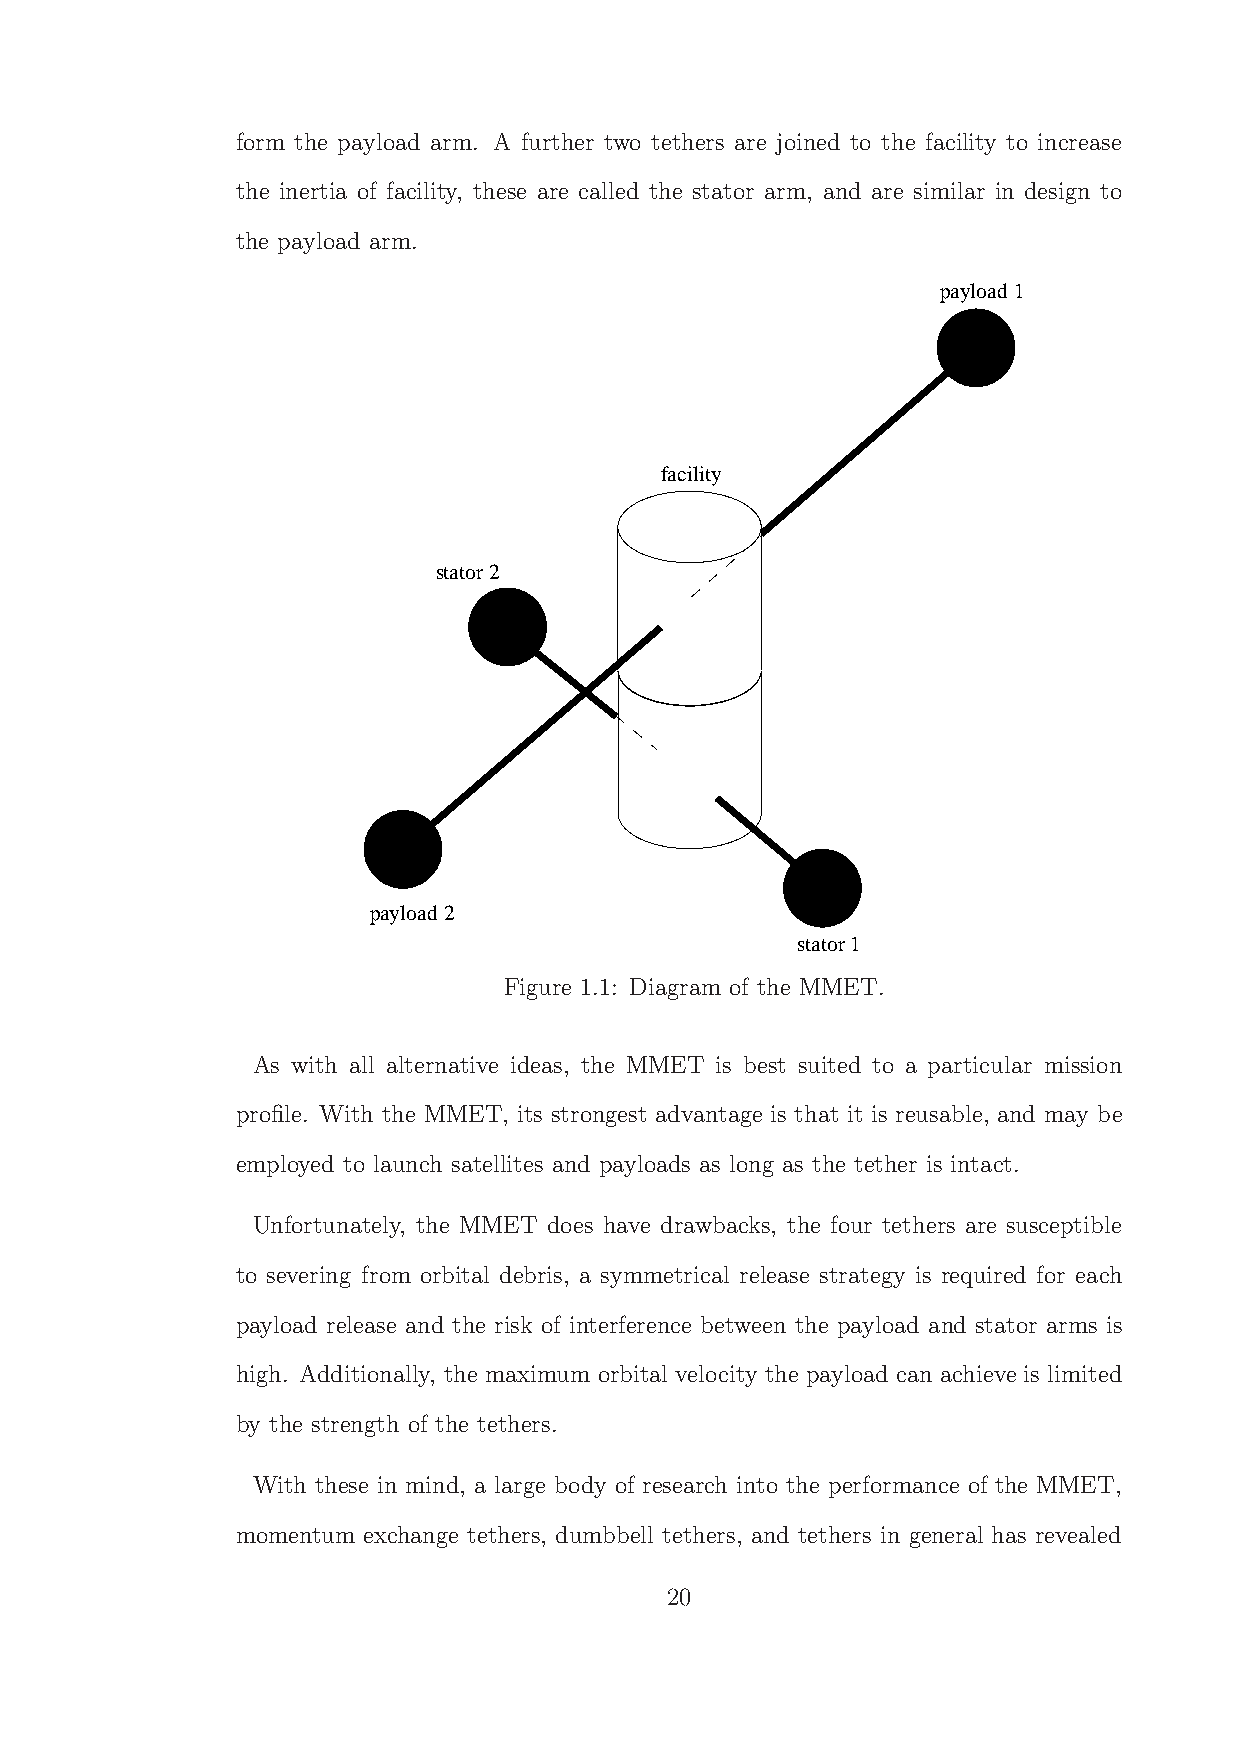
form the payload arm. A further two tethers are joined to the facility to increase
 the inertia of facility, these are called the stator arm, and are similar in design to
 the payload arm.
 payload 1
 facility
 stator 2
 payload 2
 stator 1
 Figure 1.1: Diagram of the MMET.
 As with all alternative ideas, the MMET is best suited to a particular mission
 profile. With the MMET, its strongest advantage is that it is reusable, and may be
 employed to launch satellites and payloads as long as the tether is intact.
 Unfortunately, the MMET does have drawbacks, the four tethers are susceptible
 to severing from orbital debris, a symmetrical release strategy is required for each
 payload release and the risk of interference between the payload and stator arms is
 high. Additionally, the maximum orbital velocity the payload can achieve is limited
 by the strength of the tethers.
 With these in mind, a large body of research into the performance of the MMET,
 momentum exchange tethers, dumbbell tethers, and tethers in general has revealed
 20